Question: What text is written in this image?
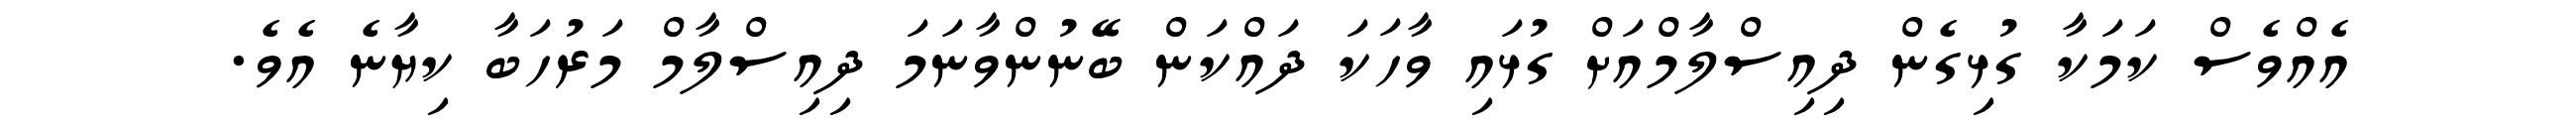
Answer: އެއްވެސް ކަމަކާ ގުޅިގެން ދިއިސްލާމްއަށް ގުޅައި ވާހަކަ ދައްކަން ބޭނުންވާނަމަ ދިއިސްލާމް މަރުހަބާ ކިޔާނެ އެވެ.